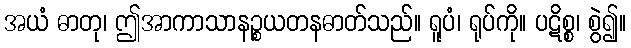
အယံ ဓာတု၊ ဤအာကာသာနဉ္စယတနဓာတ်သည်။ ရူပံ၊ ရုပ်ကို။ ပဋိစ္စ၊ စွဲ၍။